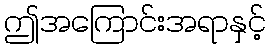
ဤအကြောင်းအရာနှင့်